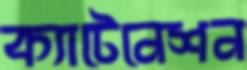
ক্যাটেনেশন